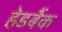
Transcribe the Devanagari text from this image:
हेडबैंक